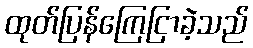
ထုတ်ပြန်ကြေငြာခဲ့သည်